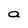
Character: a